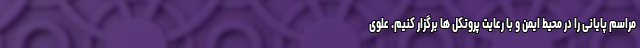
مراسم پایانی را در محیط ایمن و با رعایت پروتکل ها برگزار کنیم. علوی